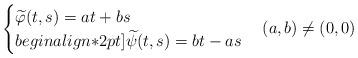
LaTeX: \begin{align*}\begin{cases}\widetilde{\varphi}(t,s)= at+bs\\begin{align*}2pt] \widetilde{\psi}(t,s) = bt-as\end{cases}(a,b)\neq (0,0)\end{align*}